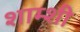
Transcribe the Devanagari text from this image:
शाम्शी